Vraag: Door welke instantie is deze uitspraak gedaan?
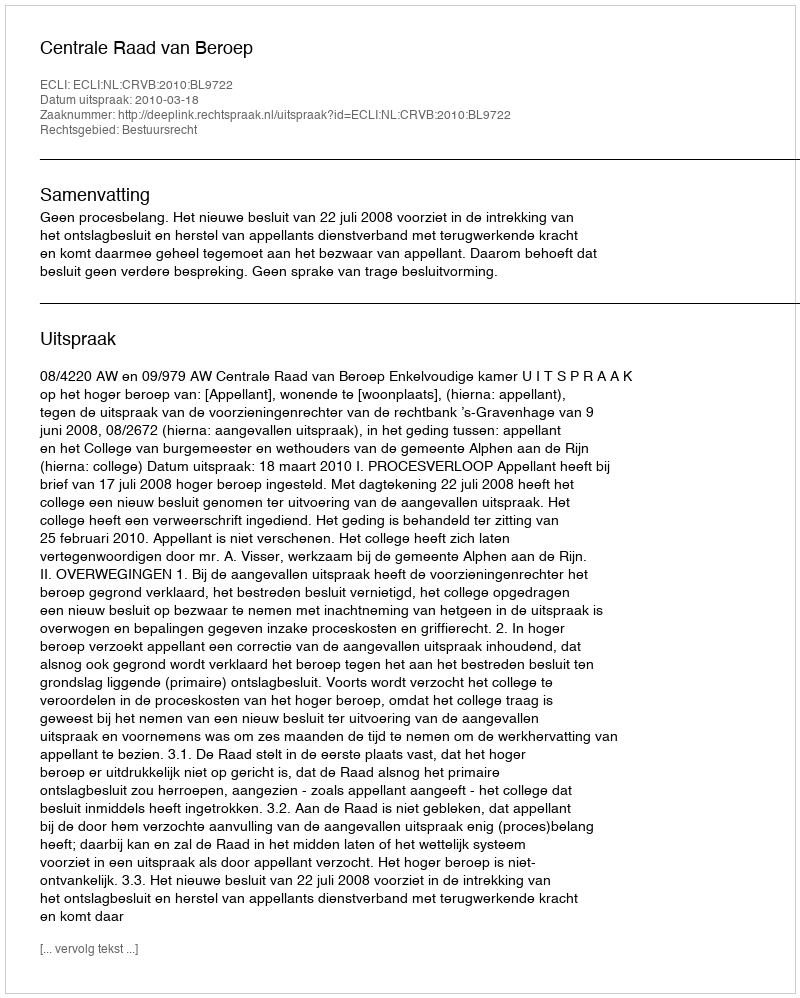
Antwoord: Centrale Raad van Beroep